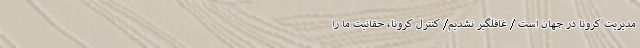
مدیریت کرونا در جهان است / غافلگیر نشدیم/ کنترل کرونا، حقانیت ما را